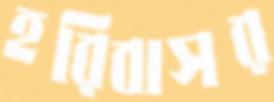
হরিবাসর